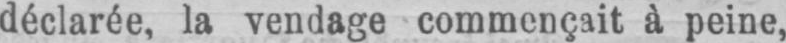
déclarée, la vendage commençait à peine,